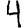
Digit: 4